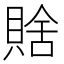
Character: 𧶟